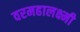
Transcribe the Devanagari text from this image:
वरमहालक्ष्मी